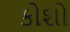
કોશો